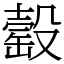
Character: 䍍